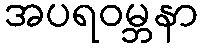
အပရဝမ္ဘနာ